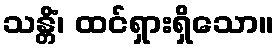
သန္တိံ၊ ထင်ရှားရှိသော။